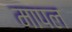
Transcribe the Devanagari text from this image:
मापल